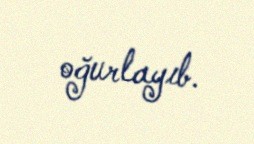
oğurlayıb.